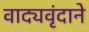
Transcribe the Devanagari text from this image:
वाद्यवृंदाने